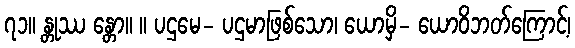
၇၁။ န္တုဿ န္တော။ ။ ပဌမေ- ပဌမာဖြစ်သော၊ ယောမှိ- ယောဝိဘတ်ကြောင့်၊